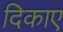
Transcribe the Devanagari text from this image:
दिकाए